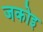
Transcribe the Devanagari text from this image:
जकोइ